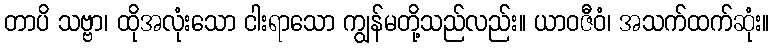
တာပိ သဗ္ဗာ၊ ထိုအလုံးသော ငါးရာသော ကျွန်မတို့သည်လည်း။ ယာဝဇီဝံ၊ အသက်ထက်ဆုံး။